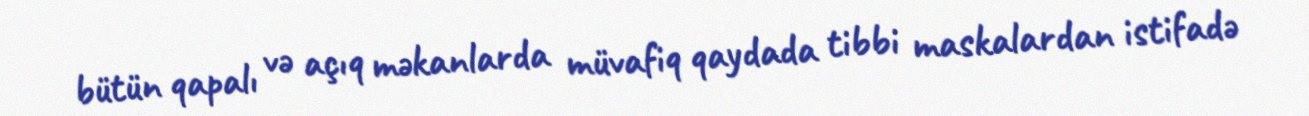
bütün qapalı və açıq məkanlarda müvafiq qaydada tibbi maskalardan istifadə